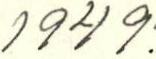
1949.